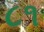
૮૧